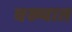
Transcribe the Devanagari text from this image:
वख्यात